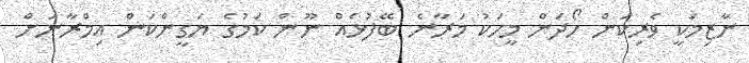
ނާޒިމަކީ ވެރިކަން ހޯދަން މީހަކު މަރާނެ ބޭފުޅެއް ނޫން ކަމުގެ ޔަގީންކަން އިމްރާނަށް